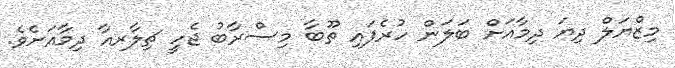
މިޒްޔަލް ދިޔަ ދިމާއަށް ބަލަން ހުރެފައި ތޫބާ މިސްރާބު ޖެހީ ޗިލާރއާ ދިމާއަށެވެ.